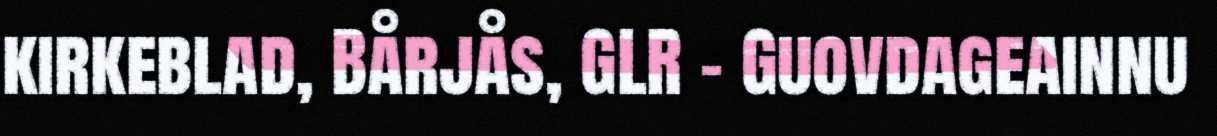
kirkeblad, Bårjås, GLR - Guovdageainnu